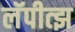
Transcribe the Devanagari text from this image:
लॅपीत्झ